Bréfritari: Gunnlaugur Oddsson
Dagsetning: A-1876-06-18
Skrifað á: Akureyri  Eyf.

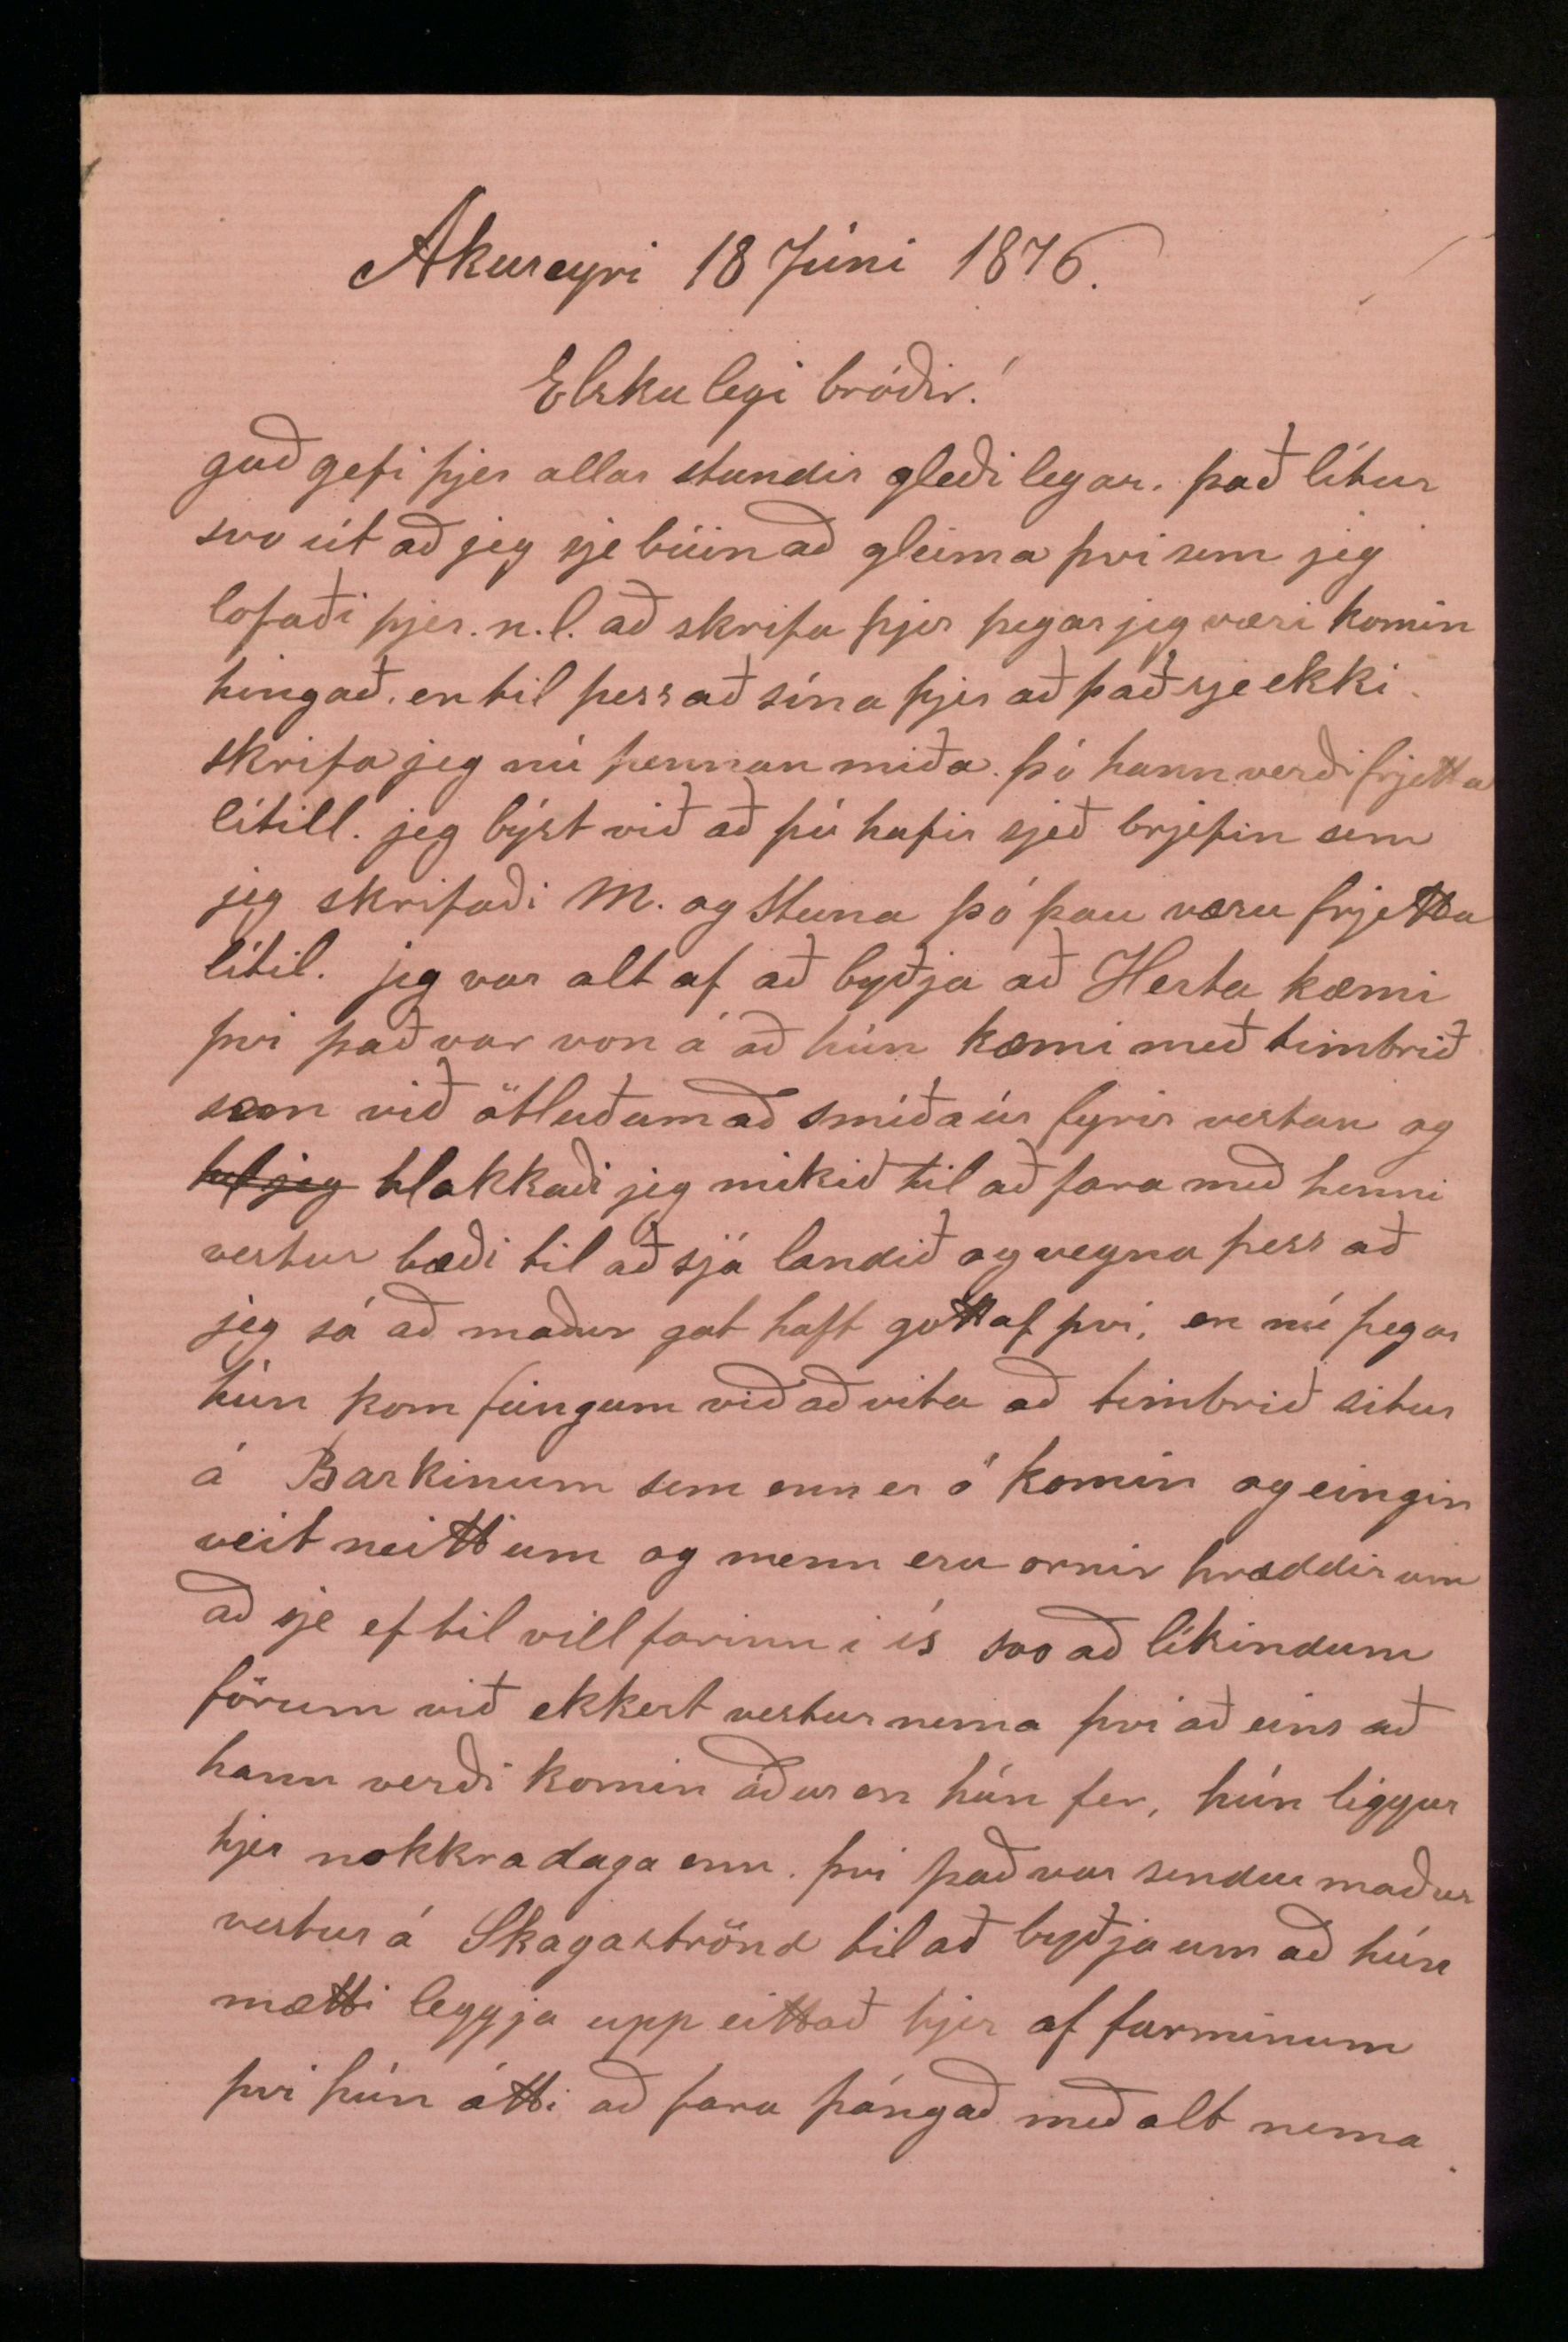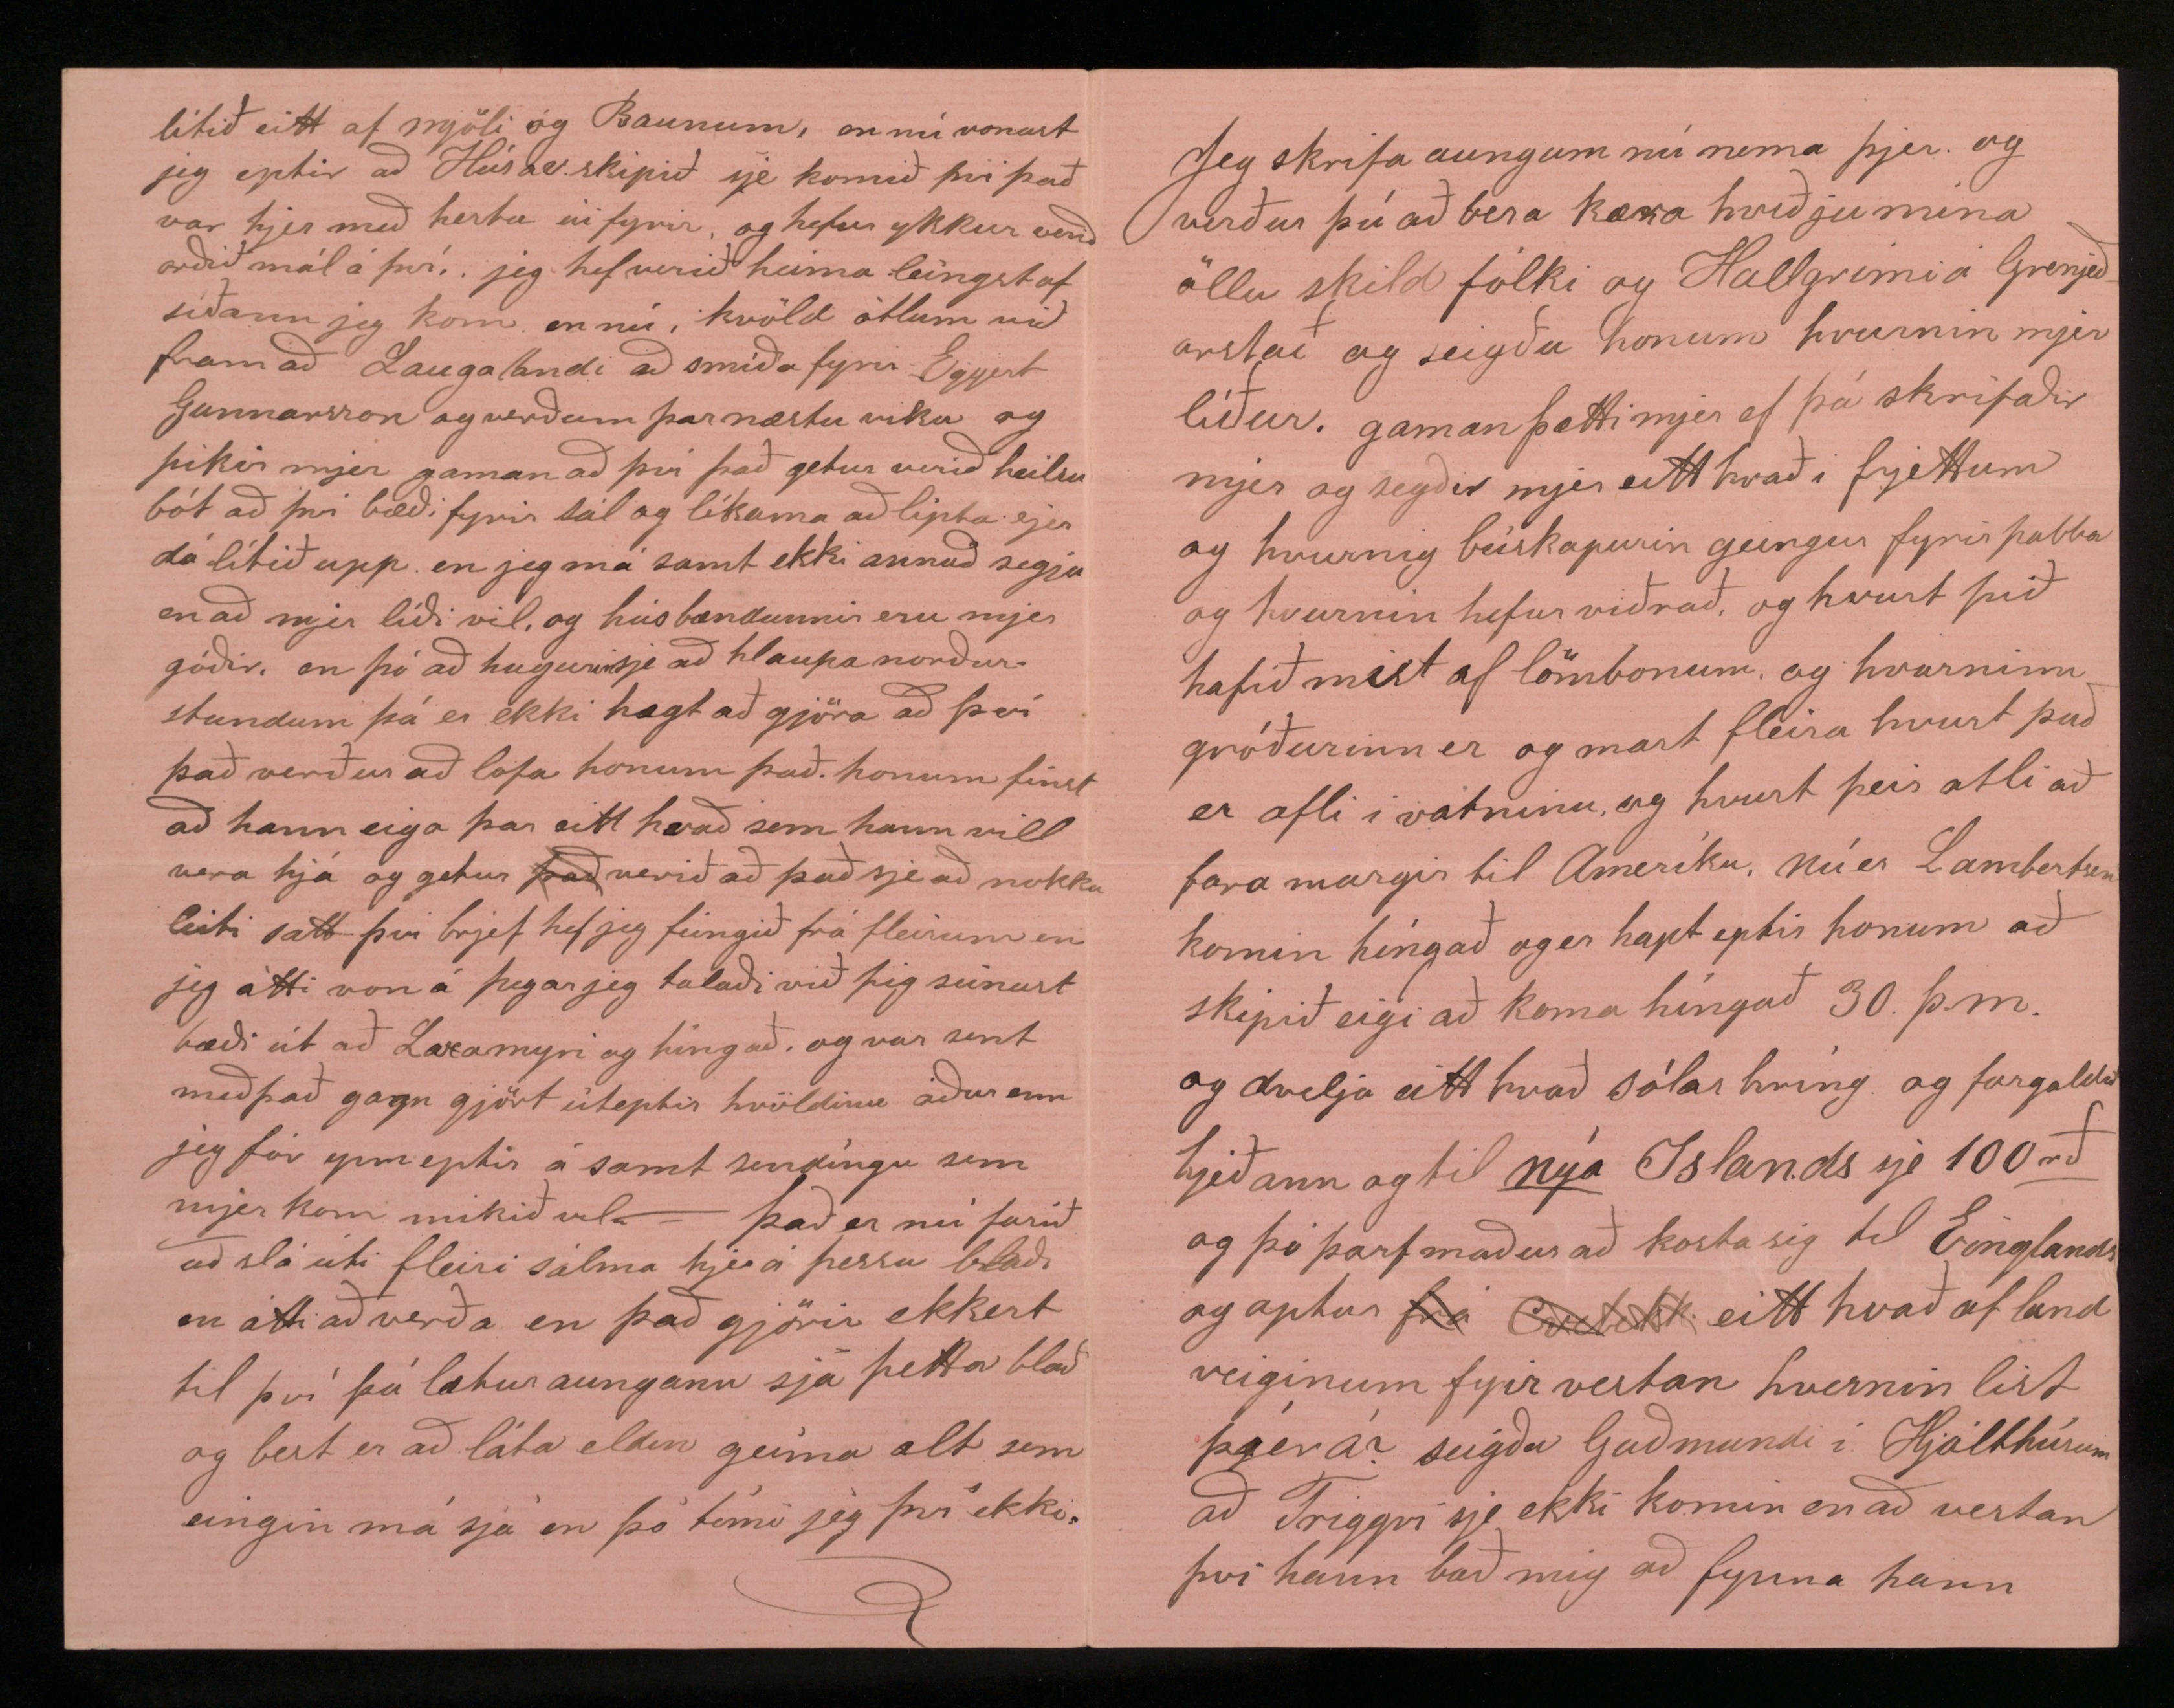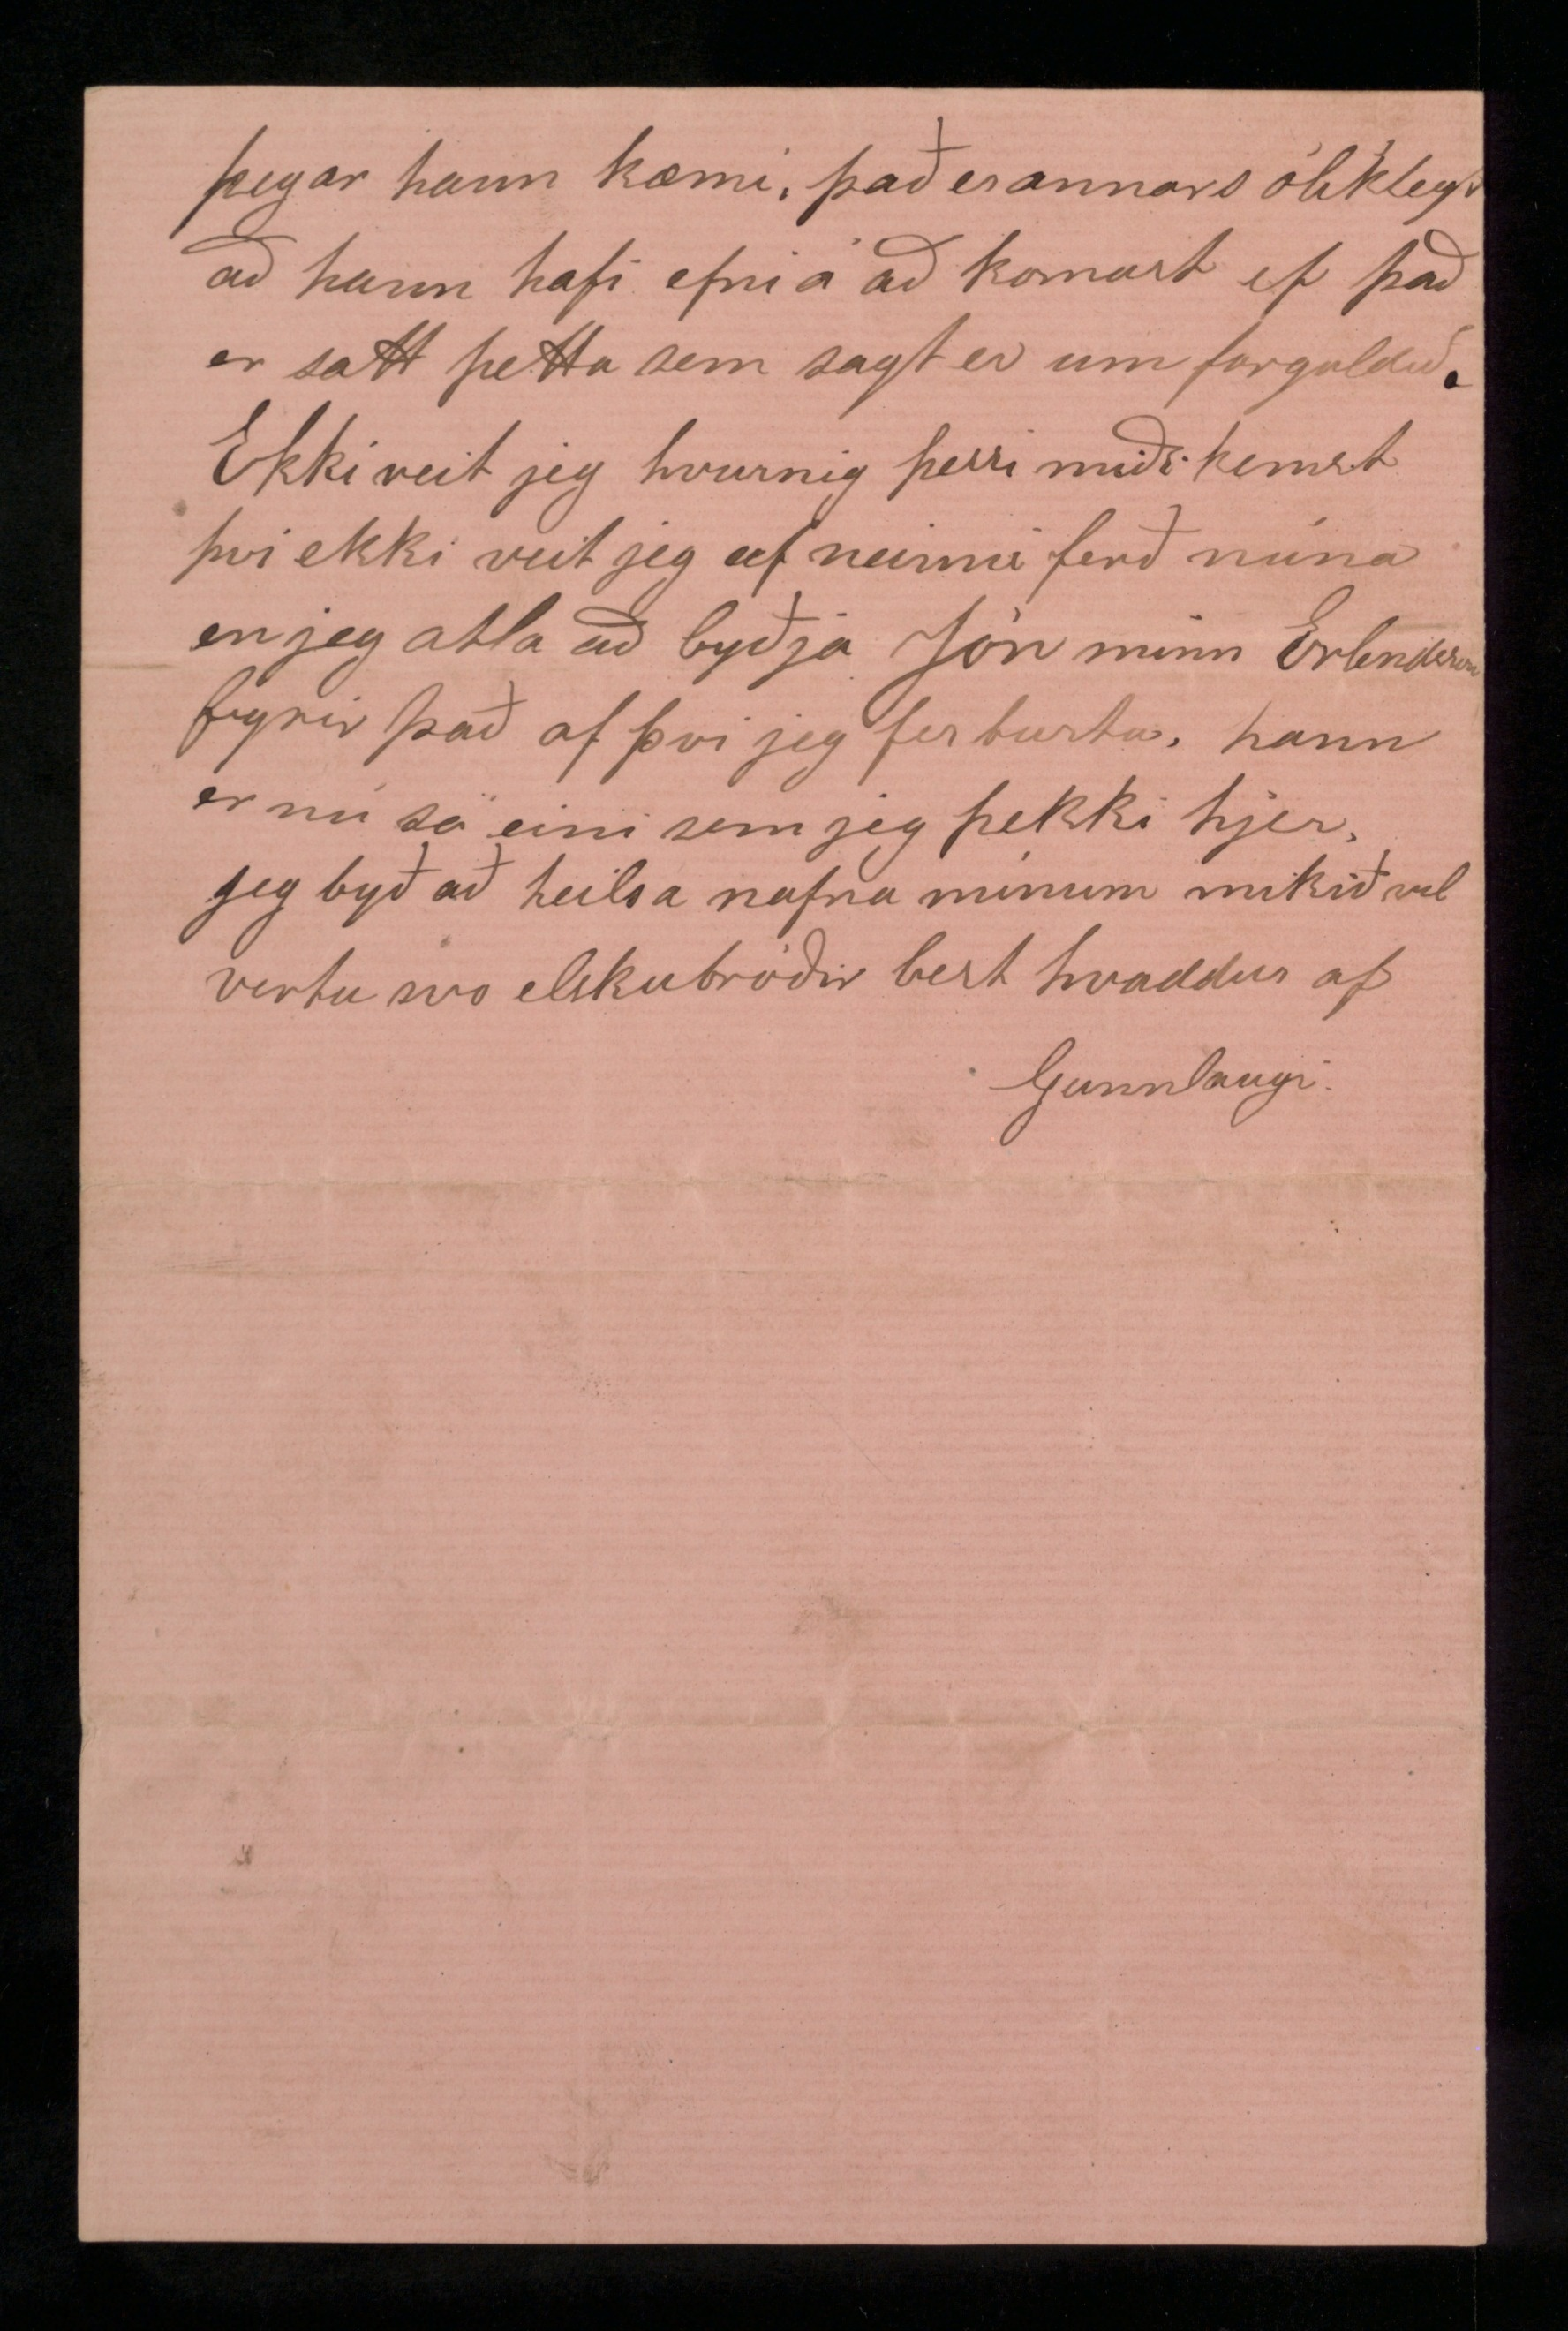

Akureyri 18 Júní 1876
Elkulegi bróðir!
guð gefi þjer allar stundir gleðilegar. það lítur svo út að jeg sje búin að gleima því sem jeg lofaði þjer n.l. að skrifa þjer þegar jeg væri komin hingað en til þess að sína þjer að það sje ekki skrifa jeg nú þennan miða þó hann verði frjetta lítill. jeg býst við að þú hafir sjeð brjefin sem jeg skrifaði M. og Steina þó þau væru frjetta lítil. jeg var altaf að byðja að
Herta
kæmi því það var von á að hún kæmi með timbrið sem við ötluðum að smíða úr fyrir vestan og
hef jeg
hlakkaði jeg mikið til að fara með henni vestur bæði til að sjá landið og vegna þess að jeg sá að maður gat haft gott af því, en nú þegar hún kom feingum við að vita að timbrið situr á Barkinum sem enn er ó komin og eingin veit neitt um og menn eru ornir hræddir um að sje ef til vill farinn í ís svo að líkindum förum við ekkert vestur nema því að eins að hann verði komin áður en hún fer, hún liggur hjer nokkra daga enn því það var sendur maður vestur á Skagaströnd til að byðja um að hún mætti leggja upp eittað hjer af farminum því hún átti að fara þángað með alt nema
lítið eitt af mjöli og Baunum, en nú vonast jeg eptir að Húsav.skipið sje komið því það var hjer með hesta út fyrir, og hefur ykkur verið orðið mál á því, jeg hef verið heima leingst af síðann jeg kom en nú í kvöld áttum við fram að Laugalandi að smíða fyrir Eggert Gunnarsson og verðum þar næstu viku og þikir mjer gaman að því það getur verið heilsu bót að því bæði fyrir sál og líkama að lipta sjer dálítið upp en jeg má samt ekki annað segja en að mjer líði vel, og húsbændurnir eru mjer góðir, en þó að hugurin sje að hlaupa norður stundum þá er ekki hægt að gjöra að því það verður að lofa honum það. honum finst að hann eiga þar eitt hvað sem hann vill vera hjá og getur
það
verið að það sje að nokkru leiti satt því brjef hef jeg feingið frá fleirum en jeg átti von á þegar jeg talaði við þig seinast bæði út að Laxamyri og hingað og var sent með það gagn gjört úteptir kvöldinu áður enn jeg fór uppeptir á samt sendíngu sem mjer kom mikið vel - það er nú farið að slá útí fleiri sálma hjer á þessu blaði en átti að verða en það gjörir ekkert til því þú lætur aungann sjá þetta blað og best er að láta eldin geima alt sem eingin má sjá en þó fími jeg því ekki.
Jeg skrifa aungum nú nema þjer og verður þú að bera kæra kveðju mína öllu skild fólki og Hallgrími á Grenjaðarstað og seigðu honum hvurnin mjer líður. gaman þætti mjer ef þú skrifaðir mjer og segðir mjer eitthvað í frjettum og hvurnig búskapurinn geingur fyrir pabba og hvurnin hefur viðrað og hvurt þið hafið mist af lömbonum og hvurninn gróðurinn er og mart fleira hvurt það er afli í vatninu og hvurt þeir ætli að fara margir til Ameríku. Nú er Lambertsen komin híngað og er hapt eptir honum að skipið eigi að koma híngað 30. þ.m. og dvelja eitthvað sólarhring og fargaldið hjeðann og til
nýa
Islands sje 100
rð
og þó þarf maður að kosta sig til Einglands og aptur
frá Cvebekk
eitt hvað af land veiginum fyrir vestan hvernin líst þjer á? seigðu Guðmundi í Hjallhúsum að Triggvi sje ekki komin en að vestan því hann bað mig að fynna hann
þegar hann kæmi, það er annars ólíklegt að hann hafi efni á að komast ef það er satt þetta sem sagt er um fargaldið.
Ekki veit jeg hvurnig þessi miði kemst því ekki veit jeg af neinni ferð núna en jeg atla að byðja Jón minn Erlendsson fyrir það af því jeg fer burtu, hann er nú sá eini sem jeg þekki hjer.
jeg byð að heilsa nafna mínum mikið vel vertu svo elsku bróðir best kvaddur af
Gunnlaugi